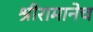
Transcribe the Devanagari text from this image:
श्रीरामानेच